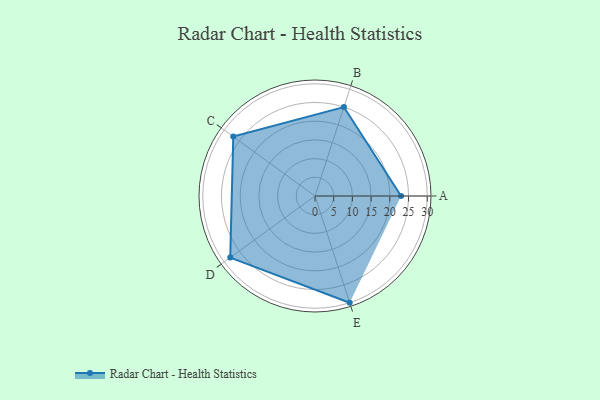
{"axis": {"x": "Skill", "y": "Score"}, "legend": ["Profile"], "data": [{"x": "A", "y": 23.0, "type": "Profile"}, {"x": "B", "y": 25.0, "type": "Profile"}, {"x": "C", "y": 27.0, "type": "Profile"}, {"x": "D", "y": 28.0, "type": "Profile"}, {"x": "E", "y": 30.0, "type": "Profile"}]}